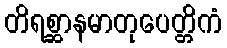
တိရစ္ဆာနမာတုပေတ္တိကံ